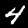
Label: 4